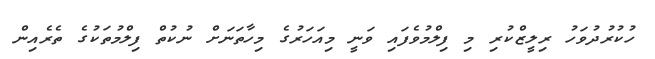
ހުކުރުދުވަހު ރިލީޒްކުރި މި ފިލްމުވެފައި ވަނީ މިއަހަރުގެ މިހާތަނަށް ނުކުތް ފިލްމުތަކުގެ ތެރެއިން